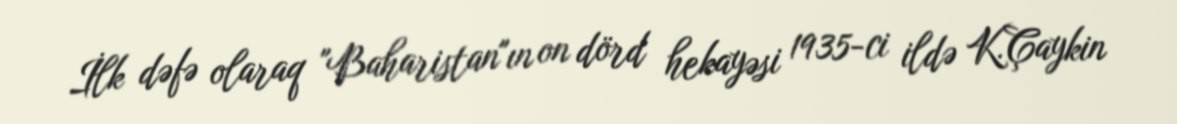
İlk dəfə olaraq "Baharistan"ın on dörd hekayəsi 1935-ci ildə K.Çaykin